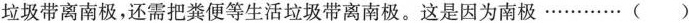
垃圾带离南极，还需把粪便等生活垃圾带离南极。这是因为南极······( )